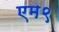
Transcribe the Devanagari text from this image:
एम९